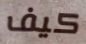
كيف